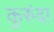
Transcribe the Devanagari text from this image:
कुरुंदा